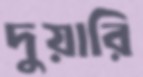
দুয়ারি